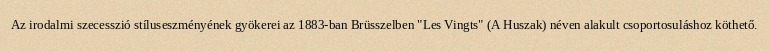
Az irodalmi szecesszió stíluseszményének gyökerei az 1883-ban Brüsszelben "Les Vingts" (A Huszak) néven alakult csoportosuláshoz köthető.